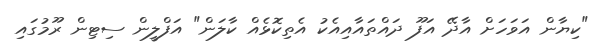
"ކިޔާން އަވަހަށް އާދޭ އަފޫ ދައްތައާއިއެކު އެތިކޮޅެއް ކާލަން" އަފްލީން ސިޓިން ރޫމުގައި